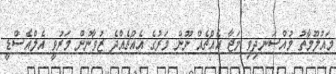
މައުލޫމާތު މުއްސަނދިވި މަޖާ އެއްޗެއް ނޫން މަރުގެ އެއްޗެއްދެ ޒުވާނުން މަރުވީ އެލްއެސްޑީ